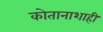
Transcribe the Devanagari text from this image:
कोतानाशाही